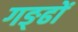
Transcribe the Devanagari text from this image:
गङ्ढों